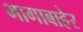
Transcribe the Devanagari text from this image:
भागाबाहेर